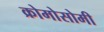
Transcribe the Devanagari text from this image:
क्रोमोसोमी